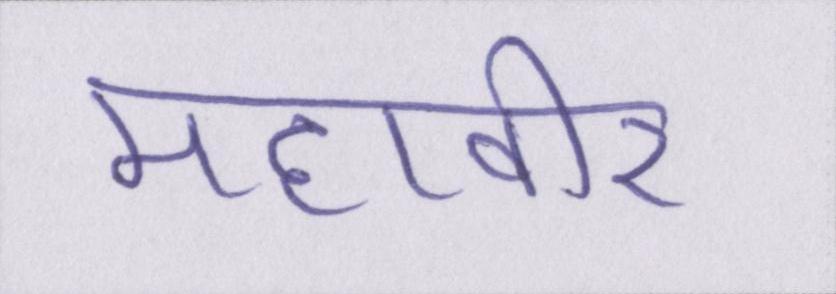
महावीर